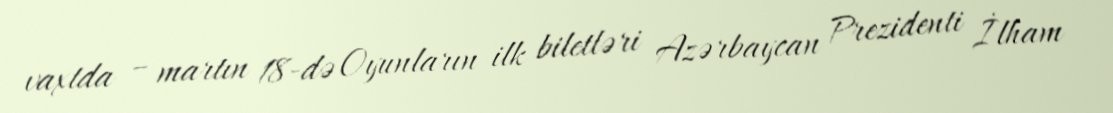
vaxtda – martın 18-də Oyunların ilk biletləri Azərbaycan Prezidenti İlham